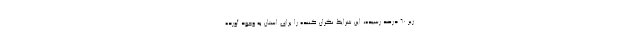
زیر ۶۰ درصد رسیده، این شرایط نگران کننده را برای استان به وجود آورده